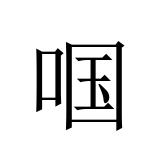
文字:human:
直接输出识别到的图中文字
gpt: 啯